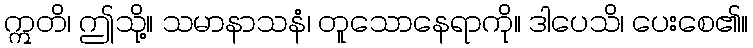
ဣတိ၊ ဤသို့။ သမာနာသနံ၊ တူသောနေရာကို။ ဒါပေသိ၊ ပေးစေ၏။